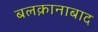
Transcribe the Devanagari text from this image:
बलक़ानाबाद